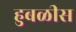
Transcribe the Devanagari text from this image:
हुबळीस